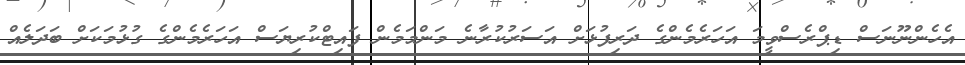
އެހެންނޫނަސް ޑިޕްރެސްވީމަ އަހަރެމެންގެ ދަރިފުޅަށް އަސަރުކުރާނެ މަންމަމެން ފައިޓްކުރިޔަސް އަހަރެމެންގެ ގުޅުމަކަށް ބަދަލެއް